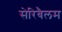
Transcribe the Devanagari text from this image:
सेरिबैलम